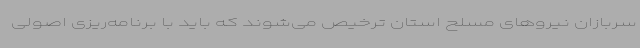
سربازان نیروهای مسلح استان ترخیص می‌شوند که باید با برنامه‌ریزی اصولی